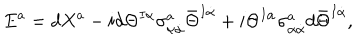
E ^ { a } = d X ^ { a } - i d \Theta ^ { I \alpha } \sigma _ { \alpha \dot { \alpha } } ^ { a } \bar { \Theta } ^ { I \dot { \alpha } } + i \Theta ^ { I \alpha } \sigma _ { \alpha \dot { \alpha } } ^ { a } d \bar { \Theta } ^ { I \dot { \alpha } } ,